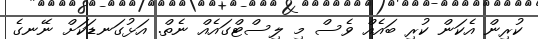
ކުރިން އެކަން ކުރި ބައެއް ވެސް މި ލިސްޓްގައެއް ނެތް. އަޅުގަނޑަކަށް ނޭނގެ